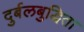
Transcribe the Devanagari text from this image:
दुर्बलबुद्धिता